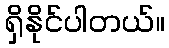
ရှိနိုင်ပါတယ်။